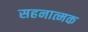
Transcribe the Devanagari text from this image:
सहनात्मक